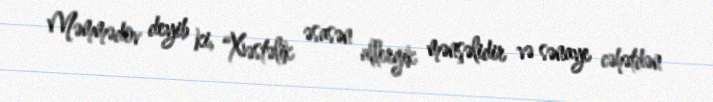
Məmmədov deyib ki, “Xəstəlik əsasən allergik mənşəlidir və sənaye cəhətdən